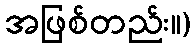
အဖြစ်တည်း။)